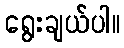
ရွေးချယ်ပါ။